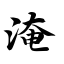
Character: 淹